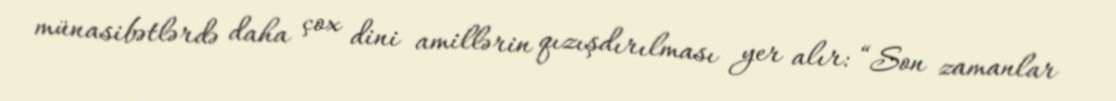
münasibətlərdə daha çox dini amillərin qızışdırılması yer alır: “Son zamanlar